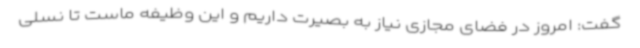
گفت: امروز در فضای مجازی نیاز به بصیرت داریم و این وظیفه ماست تا نسلی